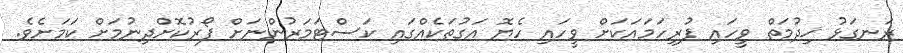
ރަނގަޅު ޚިދުމަތް ވީހައި ފުރިހަމައަކަށް ވީހައި ހެޔޮ އަގުތަކެއްގައި ކަސްޓަމަރުންނަށް ފޯރުކޮށްދިނުމަށް ކަމަށެވެ.